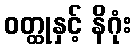
ဝတ္ထုနှင့် နိဂုံး